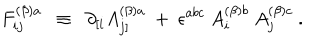
LaTeX: F _ { i j } ^ { ( \beta ) a } ~ ~ \equiv ~ ~ \partial _ { [ i } A _ { j ] } ^ { ( \beta ) a } ~ + ~ \epsilon ^ { a b c } ~ A _ { i } ^ { ( \beta ) b } ~ A _ { j } ^ { ( \beta ) c } ~ .